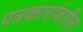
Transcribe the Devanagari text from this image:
पत्रकारांवरील